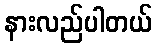
နားလည်ပါတယ်